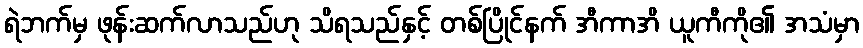
ရဲဘက်မှ ဖုန်းဆက်လာသည်ဟု သိရသည်နှင့် တစ်ပြိုင်နက် အီကာအိ ယူကီကို၏ အသံမှာ